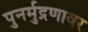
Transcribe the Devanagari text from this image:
पुनर्मुद्रणावर